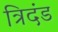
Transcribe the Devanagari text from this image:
त्रिदंड